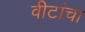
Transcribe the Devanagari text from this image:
वीटांचा